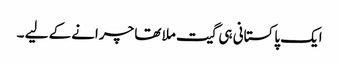
ایک پاکستانی ہی گیت ملا تھا چرانے کے لیے ۔